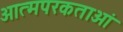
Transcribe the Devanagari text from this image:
आत्मपरकताओं